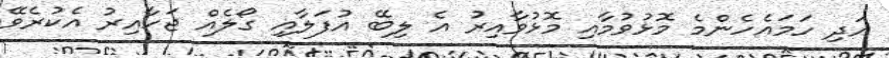
އަދި ހަމައެހެންމެ މޮޅުވުމާއި މޮޅުވާއިރު އެ ލިބޭ އުފަލާއި ގޯލެއް ޖަހާއިރު އެކުރެވޭ